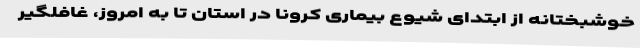
خوشبختانه از ابتدای شیوع بیماری کرونا در استان تا به امروز، غافلگیر